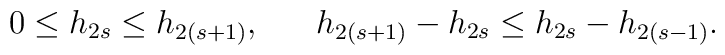
0\leq h_{2s}\leq h_{2(s+1)},~~~~~h_{2(s+1)}-h_{2s}\leq h_{2s}-h_{2(s-1)}.